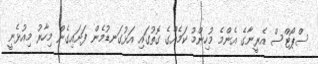
ސްޕޯޓްސް އެރީނާގެ އެންމެ މުހިންމު ކަމެއްގެ ގޮތުގައި އަޅުގަނޑުމެން ފަށައިގެން މިހާރު މިއުޅެނީ